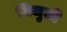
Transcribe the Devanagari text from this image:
बिजुली